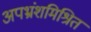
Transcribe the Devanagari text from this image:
अपभ्रंशमिश्रित